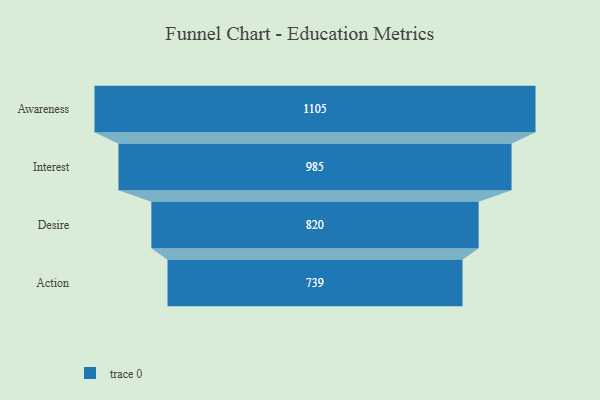
{"axis": {"x": "Stage", "y": "Value"}, "legend": [""], "data": [{"x": "Awareness", "y": 1105.0, "type": ""}, {"x": "Interest", "y": 985.0, "type": ""}, {"x": "Desire", "y": 820.0, "type": ""}, {"x": "Action", "y": 739.0, "type": ""}]}